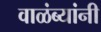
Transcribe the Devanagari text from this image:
वाळंब्यांनी